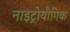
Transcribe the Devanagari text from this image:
नाइट्रोयौगिक